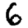
Digit: 6